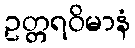
ဥတ္တရဝိမာနံ